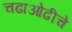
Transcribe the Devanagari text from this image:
चढाओढीचे